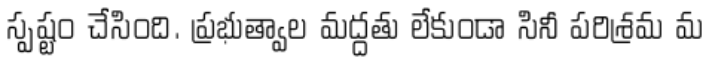
స్పష్టం చేసింది. ప్రభుత్వాల మద్దతు లేకుండా సినీ పరిశ్రమ మ